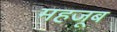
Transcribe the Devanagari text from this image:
महजूब